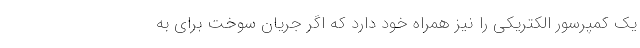
یک کمپرسور الکتریکی را نیز همراه خود دارد که اگر جریان سوخت برای به